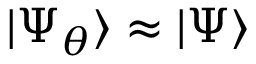
| \Psi _ { \boldsymbol { \theta } } \rangle \approx | \Psi \rangle